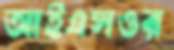
আইএসওর